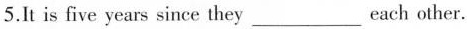
5.It is five years since they ___ each other.